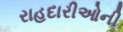
રાહદારીઓની